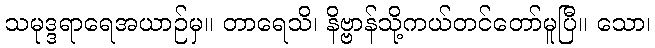
သမုဒ္ဒရာရေအယာဉ်မှ။ တာရေသိ၊ နိဗ္ဗာန်သို့ကယ်တင်တော်မူပြီ။ သော၊